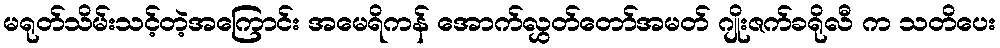
မရုတ်သိမ်းသင့်တဲ့အကြောင်း အမေရိကန် အောက်လွှတ်တော်အမတ် ဂျိုးဇက်ခရိုလီ က သတိပေး